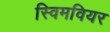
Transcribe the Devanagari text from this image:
स्विमवियर